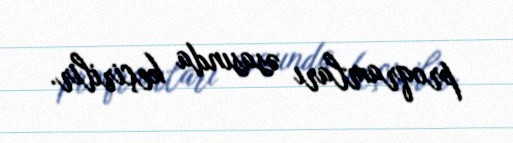
proqramları əsasında keçirilir.